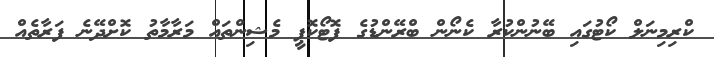
ކްރިމިނަލް ކޯޓުގައި ބޭނުންކުރާ ކެނޯން ބްރޭންޑުގެ ފޮޓޯކޮޕީ މެޝިންތައް މަރާމާތު ކޮށްދޭނެ ފަރާތެއް